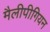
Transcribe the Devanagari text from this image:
मैलीपीगियन